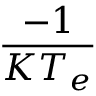
\frac { - 1 } { K T _ { e } }